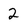
Character: 2